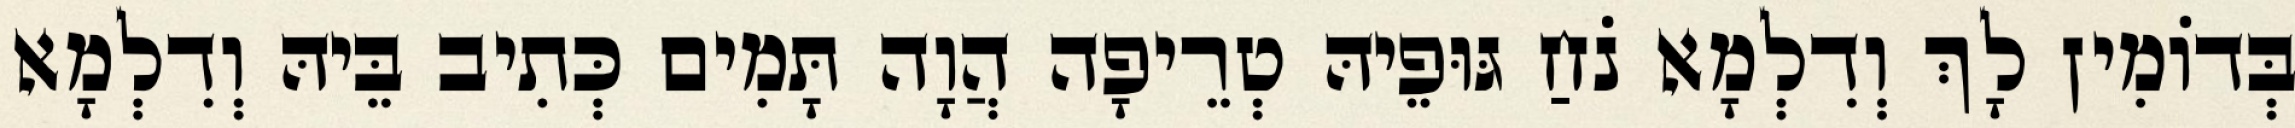
בְּדוֹמִין לָךְ וְדִלְמָא נֹחַ גּוּפֵיהּ טְרֵיפָה הֲוָה תָּמִים כְּתִיב בֵּיהּ וְדִלְמָא